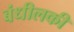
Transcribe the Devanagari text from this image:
बंधीलकी